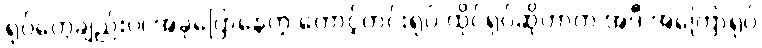
ရုပ်တွေချည်းပဲ၊ အခုပြောနေတဲ့ တောင့်တင်းရုပ် ထိုင်ရုပ်ဆိုတာက အဲဒီ အကြောရုပ်